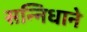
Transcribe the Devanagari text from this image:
सन्निधाने